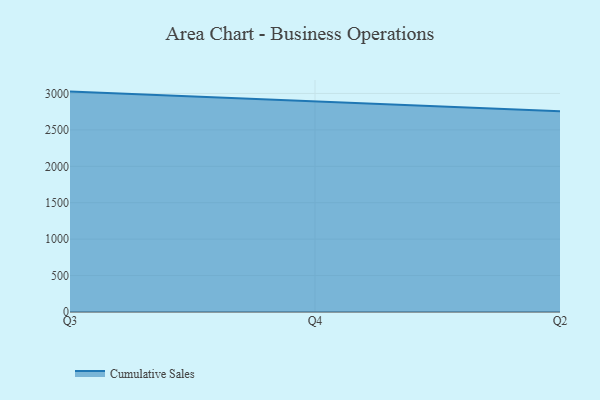
{"axis": {"x": "Quarter", "y": "Gross Profit (USD K)"}, "legend": ["Cumulative Sales"], "data": [{"x": "Q3", "y": 3025.6, "type": "Cumulative Sales"}, {"x": "Q4", "y": 2895.1, "type": "Cumulative Sales"}, {"x": "Q2", "y": 2754.4, "type": "Cumulative Sales"}]}